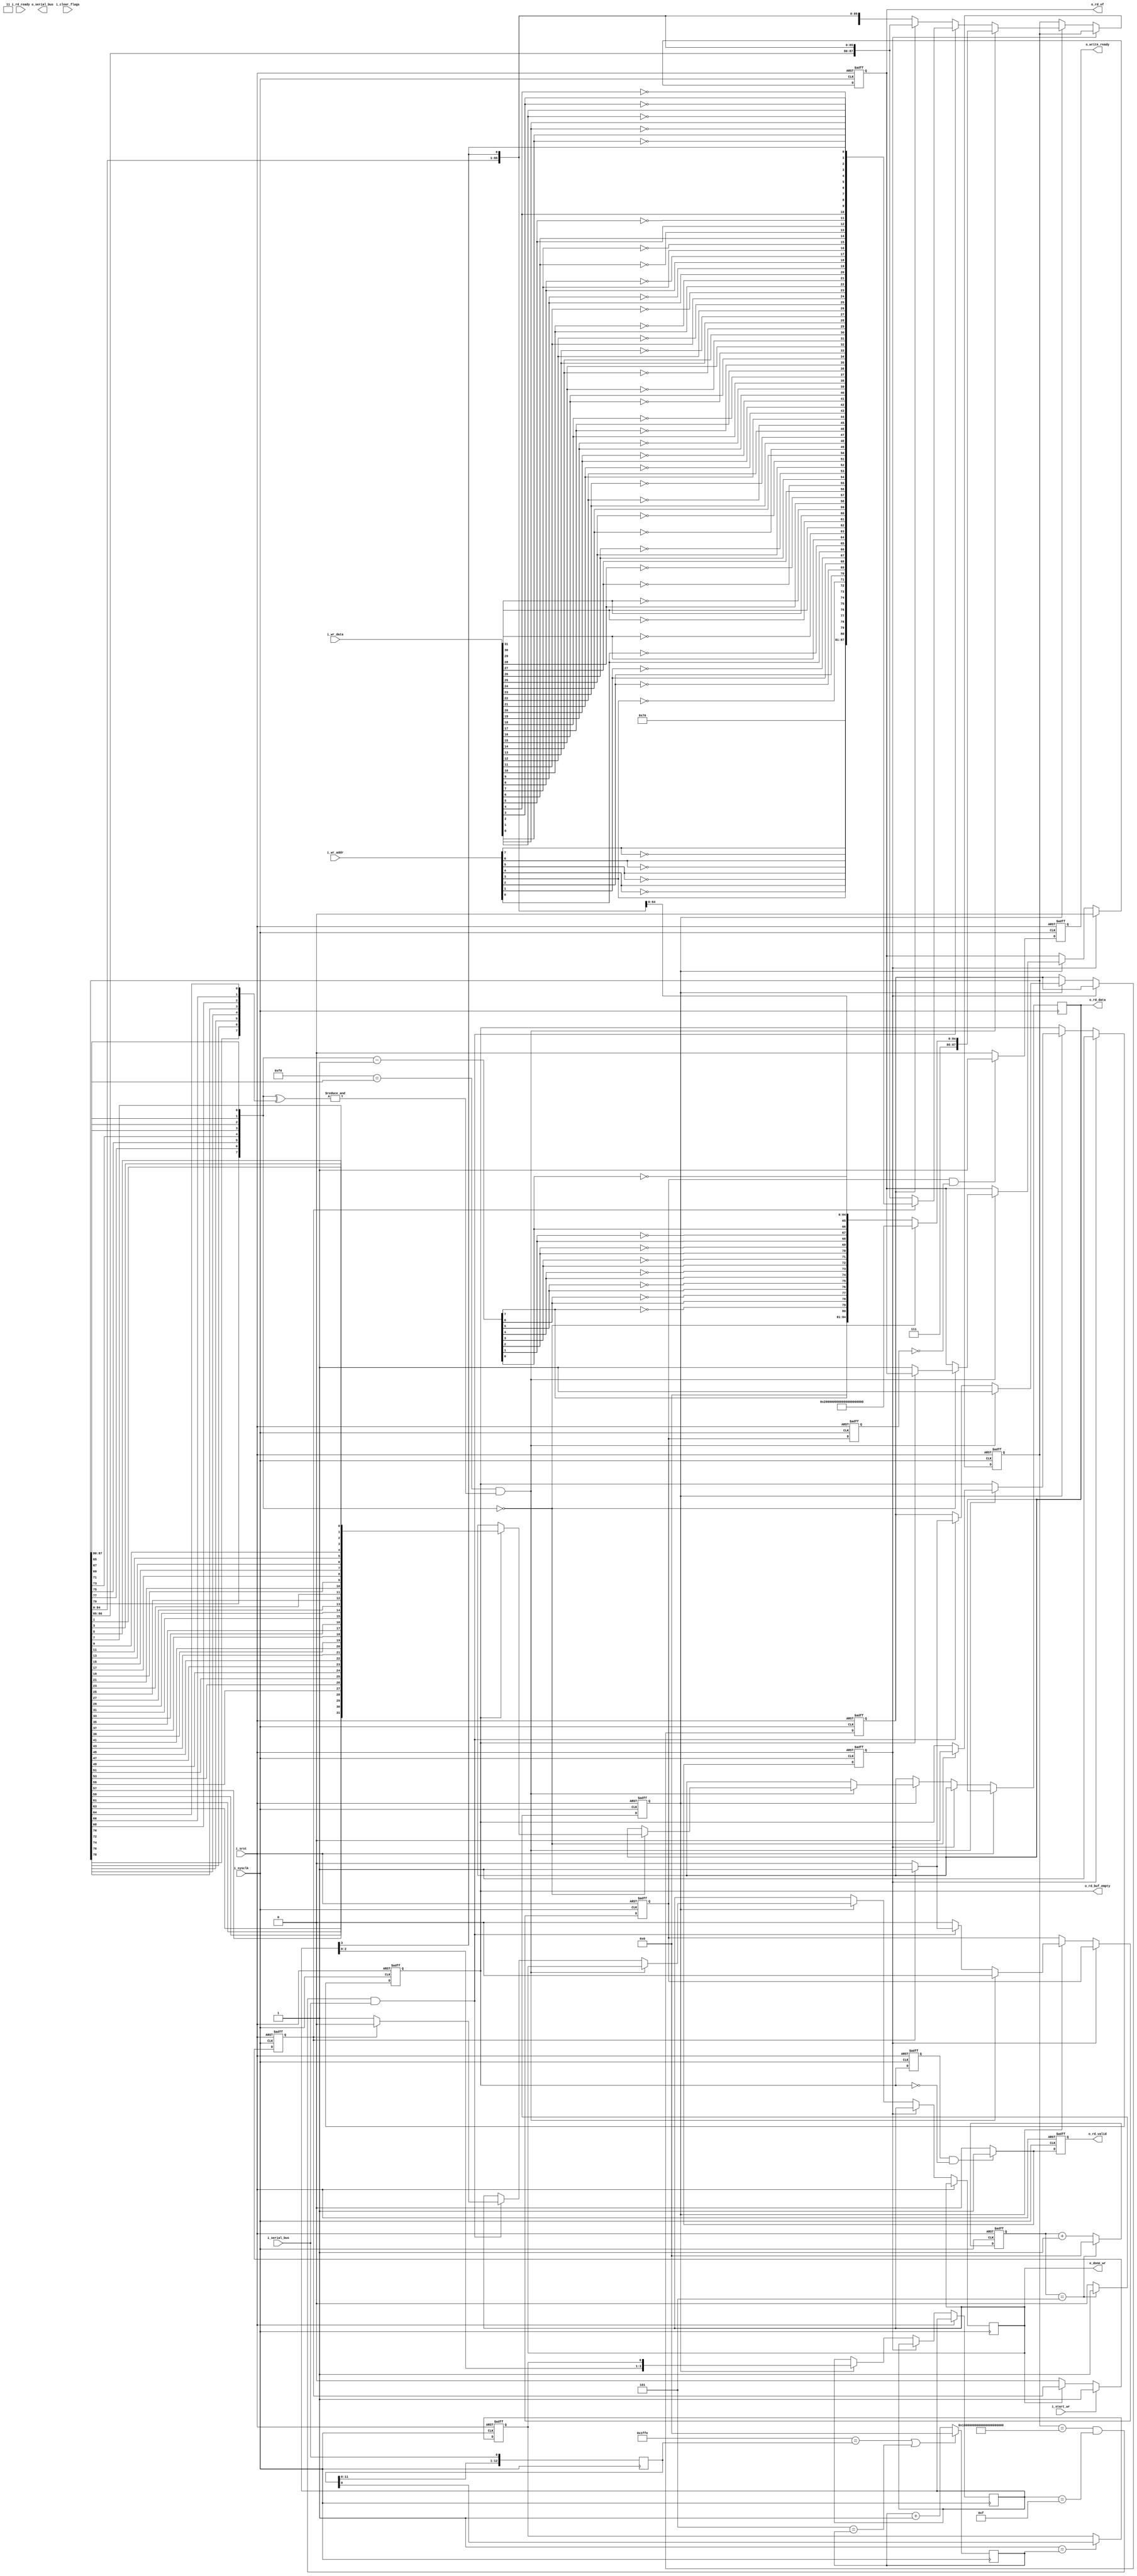
`default_nettype wire

/****** MODULE DEFINITIONS ******/

module ring_bus
(
    input wire        i_sysclk, // 125 MHz
    input wire        i_srst, // system re set

    input wire [31:0] i_wr_data,
    input wire [7:0]  i_wr_addr,
    output reg        o_done_wr,
    input wire        i_start_wr,
    output reg        o_write_ready,


    output reg [31:0] o_rd_data, // message buffer
    output reg        o_rd_valid,
    input wire        i_rd_ready,
    output reg        o_rd_buf_empty, // new message flag
    output reg        o_rd_of, // read overflow flag
    input wire        i_clear_flags, // clear new message flag

    output reg        o_serial_bus,
    input wire        i_serial_bus
);

/****** LOCAL PARAMETERS ******/


/****** SIGNALS ******/

  wire     [7:0] addr;                           // bus address ( 8 bits )

  reg    [3:0] code_clk_cnt;                   // code clock counter
  reg          code_clk;                       // code clock ( i_sysclk / 3 )
  reg    [3:0] code_rst_sr;                    // code clock reset delay shift register
  wire           code_rst;                       // code clock reset
  reg   [87:0] code_sr; // shift register holding all frame symbols

  reg          data_in;                        // synchronized data input
  reg          data_out;                       // synchronized data output

  reg   [12:0] samp_buf;                       // sample buffer for synchronization
  reg    [3:0] samp_cnt;                       // sample counter

  reg          rd_clear_flag;                  // message match flag;
  reg          start_wr;                       // start write flag;

  wire      [7:0] addr_t;                        // address true
  wire      [7:0] addr_c;                        // address complementary
  wire            addr_valid;                    // valid address signal
  wire     [31:0] data_t;                        // payload data

  wire      [7:0] addr_dec;
  wire     [15:0] addr_out;

  wire     [15:0] wr_addr;
  wire     [63:0] wr_data;

   reg          write_ready,write_ready_prev;

   reg          q_rd_buf_empty_1d;

  // bump these out to verilator
`define CUSTOM_VERILATOR_PUBLIC(sig) function[1:0] get_``sig``; /*verilator public*/   begin   get_``sig`` = sig;   end endfunction

`ifdef VERILATE_DEF
   `CUSTOM_VERILATOR_PUBLIC(o_rd_of)
`endif




   always @(posedge i_sysclk or posedge i_srst) begin
      if(i_srst) begin
         q_rd_buf_empty_1d <= 0;
         o_rd_valid <= 0;
         rd_clear_flag <= 0;
      end
      else begin
         o_rd_valid <= 0;
         q_rd_buf_empty_1d <= o_rd_buf_empty;
         rd_clear_flag <= 0;
         if(q_rd_buf_empty_1d == 1 && o_rd_buf_empty == 0) begin
           o_rd_valid <= 1;
           rd_clear_flag <= 1;
         end
      end
   end

   // posedge toggle to pulse
   always @(posedge i_sysclk or posedge i_srst) begin
      if(i_srst) begin
         write_ready_prev<=0;
         o_write_ready<=0;
      end
      else begin
         write_ready_prev<=write_ready;
         o_write_ready<=0;
         if(write_ready == 1 && write_ready_prev==0)
           o_write_ready<=1;
      end
   end

/****** ASSIGNS ******/

  assign code_rst = code_rst_sr[3];

  assign addr_t = {code_sr[79], code_sr[77], code_sr[75], code_sr[73],
            code_sr[71], code_sr[69], code_sr[67], code_sr[65]};

  assign addr_c = {code_sr[78], code_sr[76], code_sr[74], code_sr[72],
            code_sr[70], code_sr[68], code_sr[66], code_sr[64]};

  // reg [7:0] address;

   // always @(posedge i_sysclk) begin
   //  if( fstate == 4 ) begin
   //    address <= addr_dec;
   //  end
   // end

  assign addr_valid = & (addr_t ^ addr_c);

  assign addr_dec = addr_t - 8'b00000001;

  assign addr_out = {addr_dec[7], ~addr_dec[7],
                     addr_dec[6], ~addr_dec[6],
                     addr_dec[5], ~addr_dec[5],
                     addr_dec[4], ~addr_dec[4],
                     addr_dec[3], ~addr_dec[3],
                     addr_dec[2], ~addr_dec[2],
                     addr_dec[1], ~addr_dec[1],
                     addr_dec[0], ~addr_dec[0]};

  assign data_t  =  {code_sr[63],
                     code_sr[61],
                     code_sr[59],
                     code_sr[57],
                     code_sr[55],
                     code_sr[53],
                     code_sr[51],
                     code_sr[49],
                     code_sr[47],
                     code_sr[45],
                     code_sr[43],
                     code_sr[41],
                     code_sr[39],
                     code_sr[37],
                     code_sr[35],
                     code_sr[33],
                     code_sr[31],
                     code_sr[29],
                     code_sr[27],
                     code_sr[25],
                     code_sr[23],
                     code_sr[21],
                     code_sr[19],
                     code_sr[17],
                     code_sr[15],
                     code_sr[13],
                     code_sr[11],
                     code_sr[9],
                     code_sr[7],
                     code_sr[5],
                     code_sr[3],
                     code_sr[1]};

  assign wr_addr  = {i_wr_addr[7],  ~i_wr_addr[7],
                     i_wr_addr[6],  ~i_wr_addr[6],
                     i_wr_addr[5],  ~i_wr_addr[5],
                     i_wr_addr[4],  ~i_wr_addr[4],
                     i_wr_addr[3],  ~i_wr_addr[3],
                     i_wr_addr[2],  ~i_wr_addr[2],
                     i_wr_addr[1],  ~i_wr_addr[1],
                     i_wr_addr[0],  ~i_wr_addr[0]};

  assign wr_data  = {i_wr_data[31], ~i_wr_data[31],
                     i_wr_data[30], ~i_wr_data[30],
                     i_wr_data[29], ~i_wr_data[29],
                     i_wr_data[28], ~i_wr_data[28],
                     i_wr_data[27], ~i_wr_data[27],
                     i_wr_data[26], ~i_wr_data[26],
                     i_wr_data[25], ~i_wr_data[25],
                     i_wr_data[24], ~i_wr_data[24],
                     i_wr_data[23], ~i_wr_data[23],
                     i_wr_data[22], ~i_wr_data[22],
                     i_wr_data[21], ~i_wr_data[21],
                     i_wr_data[20], ~i_wr_data[20],
                     i_wr_data[19], ~i_wr_data[19],
                     i_wr_data[18], ~i_wr_data[18],
                     i_wr_data[17], ~i_wr_data[17],
                     i_wr_data[16], ~i_wr_data[16],
                     i_wr_data[15], ~i_wr_data[15],
                     i_wr_data[14], ~i_wr_data[14],
                     i_wr_data[13], ~i_wr_data[13],
                     i_wr_data[12], ~i_wr_data[12],
                     i_wr_data[11], ~i_wr_data[11],
                     i_wr_data[10], ~i_wr_data[10],
                     i_wr_data[9],  ~i_wr_data[9],
                     i_wr_data[8],  ~i_wr_data[8],
                     i_wr_data[7],  ~i_wr_data[7],
                     i_wr_data[6],  ~i_wr_data[6],
                     i_wr_data[5],  ~i_wr_data[5],
                     i_wr_data[4],  ~i_wr_data[4],
                     i_wr_data[3],  ~i_wr_data[3],
                     i_wr_data[2],  ~i_wr_data[2],
                     i_wr_data[1],  ~i_wr_data[1],
                     i_wr_data[0],  ~i_wr_data[0]};

/****** LOGIC ******/

// GENERATE CODE CLOCK
//
// SYSTEM CLOCK  : 125 MHZ (NOMINAL)
//
// CODE CLOCK    : 125 MHZ / 3 = 41.67 MHZ
//   DESCRIPTION : THIS IS THE CODE CLOCK WHICH RUNS AT THE CODING RATE
//                 IT IS TWICE AS FAST AS THE DATA BUS CLOCK
//
//
    always @(posedge i_sysclk or posedge i_srst) begin
    if (1'b1 == i_srst) begin
      code_clk_cnt <= {4{1'b0}};
      code_clk <= 1'b0;
    end
    else begin
       code_clk<=0;
       code_clk_cnt <= code_clk_cnt + 1'b1;
      if(code_clk_cnt==5) begin
        code_clk_cnt <= 0;
         code_clk <= 1;
//~code_clk;
      end
    end
  end


// CODE CLOCK RESET
//
// THIS CLEARS THE CODE CLOCK RESET 4 CLOCK CYCLES AFTER SYSTEM RESET
//
//
  always @(posedge i_sysclk or posedge i_srst)
    if (1'b1 == i_srst) code_rst_sr <= {4{1'b1}};
    else code_rst_sr <= {code_rst_sr[2:0], 1'b0};


// SAMPLE SHIFT REGISTER
//
  always @(posedge i_sysclk) samp_buf <= {samp_buf[11:0], i_serial_bus};


// SAMPLE CLOCK RESET
//
// CLOCK (125 MHz) :
//  _   _   _   _   _   _   _   _   _   _   _   _   _   _   _   _   _   _   _   _   _   _   _   _   _   _   _   _   _   _   _   _   _   _   _   _
// | | | | | | | | | | | | | | | | | | | | | | | | | | | | | | | | | | | | | | | | | | | | | | | | | | | | | | | | | | | | | | | | | | | | | | | | |
// | | | | | | | | | | | | | | | | | | | | | | | | | | | | | | | | | | | | | | | | | | | | | | | | | | | | | | | | | | | | | | | | | | | | | | | | |
//    -   -   -   -   -   -   -   -   -   -   -   -   -   -   -   -   -   -   -   -   -   -   -   -   -   -   -   -   -   -   -   -   -   -   -   -  ...
//
// SYNC SEQUENCE :
//                                                DETECT       SAMPLE_RESET
//                                                     |       |                                               |
// ________________________________________________                                                 _______________________ _______________________
//                                                 |                                               |                       |                       |
//                                                 |                                               |                       |                       |
//                                                 |                                               |                       |                       |
//                                                  ------------------------------------------------------------------------------------------------
// X   X   X   X   X   X   X   X   X   X   X   X   X   X   0   1   2   3   4   5   0   1   2   3   4   5   0   1   2   3   4   5
// ************************************************
//                   STOP BIT                      ************************************************
//                                                                     START BIT                   ************************************************
//                                                                                                   DONT CARE
//
// SUMMARY : WE SYNCRONIZE ON THE FIRST FALLING EDGE AFTER A START BIT
//
  always @(posedge i_sysclk) begin
    if (13'b1111111111110 == samp_buf || 5 == samp_cnt) samp_cnt <= 0;
    else samp_cnt <= samp_cnt + 1'b1;
  end

  always @(posedge i_sysclk or posedge i_srst)
    if (1'b1 == i_srst) begin 
      data_in <= 1'b1;
    end
    else if (3'b001 == samp_cnt) data_in <= samp_buf[0];


  // output serial bus mux
  // always @(posedge i_sysclk or posedge i_srst) begin
  //   if (1'b1 == i_srst || code_rst == 1'b1) o_serial_bus <= 1'b1;
  //   else o_serial_bus <= data_out;
  // end


  // latch the *clear flag* signal
  // always @(posedge i_sysclk or posedge i_srst) begin
  //   if (1'b1 == i_srst) begin
  //     rd_clear_flag <= 1'b0;
  //   end
  //   else begin
  //     if (1'b1 == i_clear_flags) begin
  //       rd_clear_flag <= 1'b1;
  //     end
  //     else if (1'b1 == o_rd_buf_empty && 1'b0 == o_rd_of) begin
  //       rd_clear_flag <= 1'b0;
  //     end
  //   end
  // end


  // latch the *write start* signal
  always @(posedge i_sysclk or posedge i_srst) begin
    if (1'b1 == i_srst) start_wr <= 1'b0;
    else
      if (1'b1 == i_start_wr) start_wr <= 1'b1;
      else if (1'b0 == o_done_wr) start_wr <= 1'b0;
  end

  reg busy;
  reg [7:0] fstate; // fake debug state for tracking issues

  // input buffer which makes shift register 4 longer than it was
  // This allows us to handle the case where input ringbus goes low on the same clock cycle as
  // o_write_ready goes high (we are requesting a write)
  reg [3:0] input_buffer;



  // line shift register
  always @(posedge i_sysclk or posedge i_srst) begin
    if (i_srst) begin
      code_sr <= {88{1'b1}};
      data_out <= 1'b1;
      o_rd_buf_empty <= 1'b1;
      o_rd_of <= 1'b0;
      write_ready <= 0;
      busy<=0;
      fstate <= 8'd0;
    end else begin

      if (rd_clear_flag) begin
          fstate <= 8'd10;
          o_rd_buf_empty <= 1'b1;
          o_rd_of <= 1'b0;
      end

    else if(code_clk) begin
      
      // shift the input buffer
      input_buffer <= {input_buffer[2:0], data_in};

      fstate <= 8'd1;
      write_ready <= 0;
      // CHECK if message is valid
      if(8'b11110000 == code_sr[87:80] && 1'b1 == addr_valid) begin
        busy<=1;
        fstate <= 8'd2;
        // IF message is valid and it is for us then latch it
        if (addr_t == 8'b00000000) begin
          if (1'b1 == o_rd_buf_empty) begin
            o_rd_data <= data_t;
            o_rd_buf_empty <= 1'b0;
            fstate <= 8'd3;
          end
          else o_rd_of <= 1'b1;

          code_sr <= {88{1'b1}};
        end

        // OTHERWISE decrement the address and shift it out
        else begin
          code_sr <= {8'b1110000, addr_out, code_sr[63:0], input_buffer[3]};
          fstate <= 8'd4;
          // address <= addr_dec;
        end
      end

      // CHECK to see if SR is empty
      else if(code_sr == {88{1'b1}} && input_buffer == 4'b1111 && i_serial_bus == 1'b1) begin
        fstate <= 8'd5;
        // IF SR is empty and we have been asked to write data then latch data into SR
        if(start_wr==1'b1) begin
          fstate <= 8'd6;
          code_sr <= {8'b1110000, wr_addr, wr_data, input_buffer[3]};
          o_done_wr <= 1'b0;
          write_ready <= 1'b1;
          busy <= 1;
        end

        // IF SR is empty but we have not been asked to write data then set the *write done flag*
        else begin
          fstate <= 8'd7;
          o_done_wr <= 1'b1;
          busy <= 0;
          code_sr <= {code_sr[86:0],input_buffer[3]};
        end
      end

      // OTHERWISE just shift out data
      else if(busy) begin
        fstate <= 8'd8;
        code_sr <= {code_sr[86:0],input_buffer[3]};
      end

      else begin
        fstate <= 8'd9;
        code_sr <= {2'b11,code_sr[84:0],input_buffer[3]};
      end



      data_out <= code_sr[87];

    end
    end
  end


endmodule // ring_bus